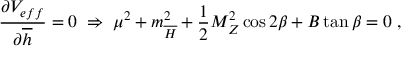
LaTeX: \frac { \partial V _ { e f f } } { \partial \overline { { { h } } } } = 0 \; \Rightarrow \; \mu ^ { 2 } + m _ { \overline { { { H } } } } ^ { 2 } + \frac { 1 } { 2 } M _ { Z } ^ { 2 } \cos 2 \beta + B \tan \beta = 0 \; ,